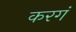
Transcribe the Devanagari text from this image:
करगं